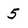
Character: 5